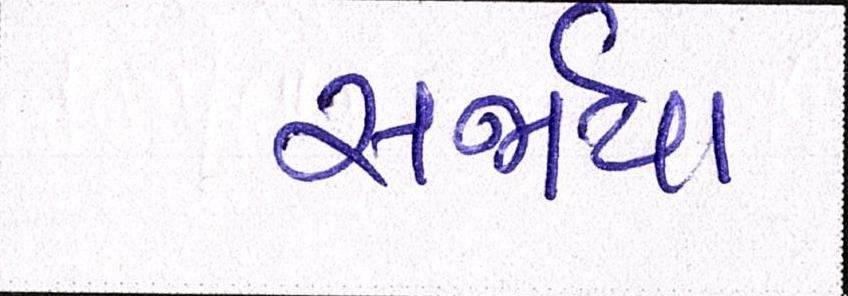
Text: સર્જાય